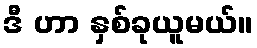
ဒီ ဟာ နှစ်ခုယူမယ်။